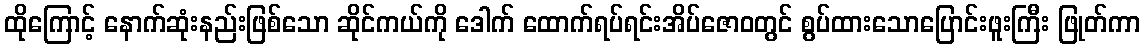
ထိုကြောင့် နောက်ဆုံးနည်းဖြစ်သော ဆိုင်ကယ်ကို ဒေါက် ထောက်ရပ်ရင်းအိပ်ဇောဝတွင် စွပ်ထားသောပြောင်းဖူးကြီး ဖြုတ်ကာ